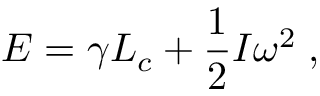
E = \gamma L _ { c } + \frac { 1 } { 2 } I \omega ^ { 2 } \; ,